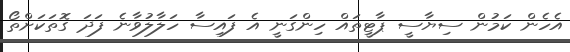
އެހެން ކަމުން ސިޔާސީ ޕާޓީތައް ހިންގަނީ އެ ފައިސާ ހަލާލުވާނެ ފަދަ ގޮތަކަށްތޯ